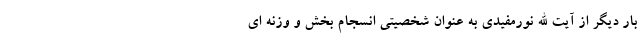
بار دیگر از آیت الله نورمفیدی به عنوان شخصیتی انسجام بخش و وزنه ای